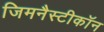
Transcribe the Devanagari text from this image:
जिमनैस्टीकॉन